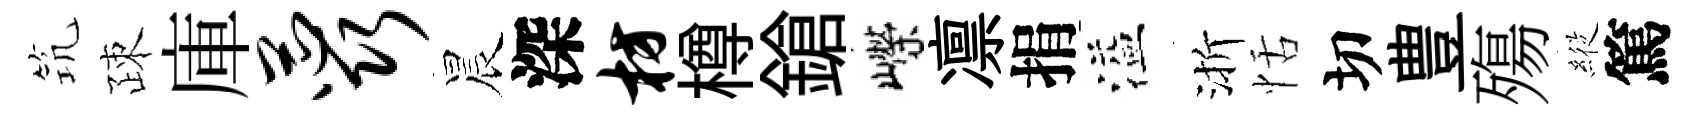
𥬑疎庫蕊晨深枋樽鎗嶸凛捐溢渐恬切豊殤𦂵篤